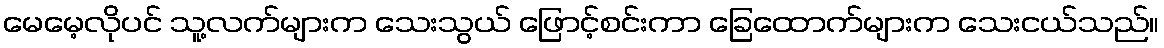
မေမေ့လိုပင် သူ့လက်များက သေးသွယ် ဖြောင့်စင်းကာ ခြေထောက်များက သေးငယ်သည်။